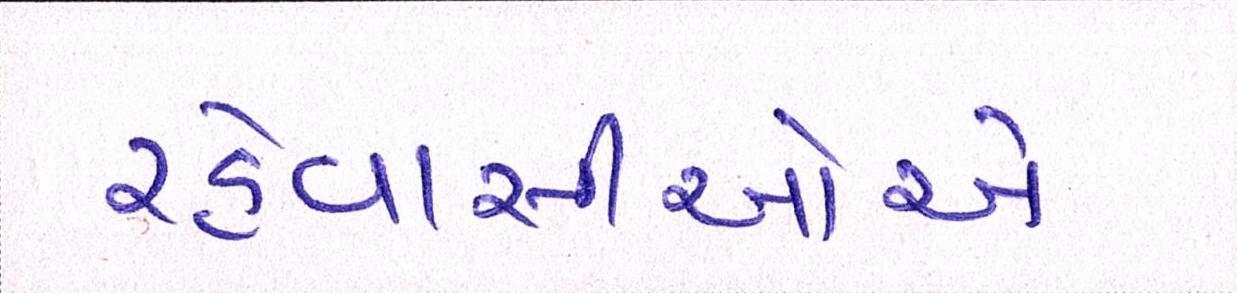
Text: રહેવાસીઓએ